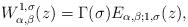
LaTeX: \begin{align*}W_{\alpha,\beta}^{1,\sigma}(z)=\Gamma(\sigma)E_{\alpha,\beta;1,\sigma}(z),\end{align*}